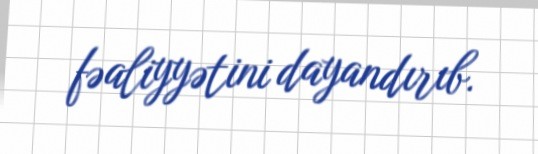
fəaliyyətini dayandırıb.